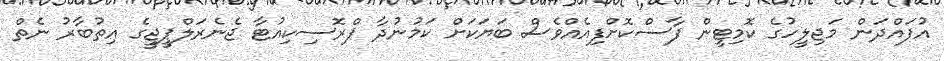
އުފައްދަން މަޖިލީހުގެ ކޮމިޓީން ފާސްކޮށްފިއެއްވެސް ބަޔަކަށް ކަމުނުދާ ޕްރޮސިކިއުޓާ ޖެނެރަލްޕީޖީގެ އިތުބާރު ނެތް